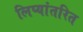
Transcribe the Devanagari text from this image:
लिप्यांतरित